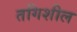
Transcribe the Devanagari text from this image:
तगिशील